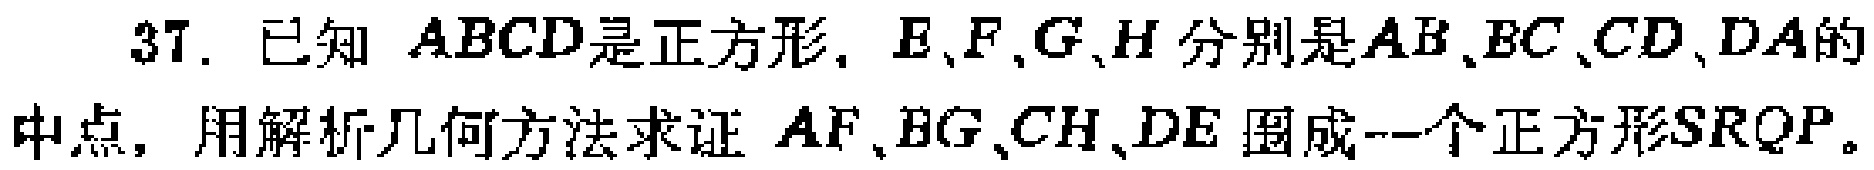
已知 \(ABCD\)是正方形，\(E,F,G,H\)分别是\(AB,BC,CD,DA\)的中点，用解析几何方法求证 \(AF,BG,CH,DE\) 围成一个正方形\(SRQP\)。